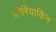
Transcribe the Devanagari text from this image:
कोरियाकिन